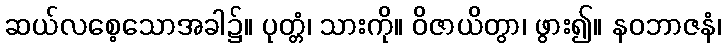
ဆယ်လစေ့သောအခါ၌။ ပုတ္တံ၊ သားကို။ ဝိဇာယိတွာ၊ ဖွား၍။ နဝဘာဇနံ၊